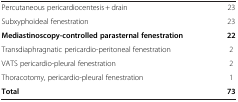
|  |  |
 | --- | --- |
 | Percutaneous pericardiocentesis + drain | 23 |
 | Subxyphoideal fenestration | 23 |
 | Mediastinoscopy-controlled parasternal fenestration | 22 |
 | Transdiaphragnatic pericardio-peritoneal fenestration | 2 |
 | VATS pericardio-pleural fenestration | 2 |
 | Thoracotomy, pericardio-pleural fenestration | 1 |
 | Total | 73 |